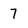
Character: 7